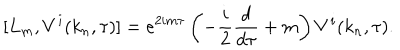
[ L _ { m } , V ^ { i } ( k _ { n } , \tau ) ] = e ^ { 2 i m \tau } \left( - \frac { i } { 2 } \frac { d } { d \tau } + m \right) V ^ { i } ( k _ { n } , \tau ) .